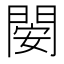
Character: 𨴣